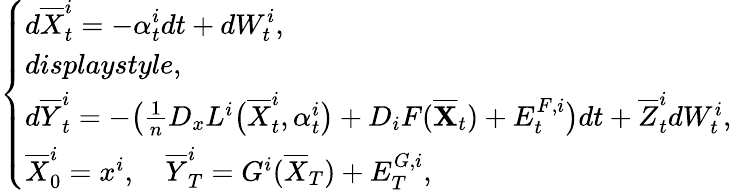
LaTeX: \left\{ \begin{array}{ll}{\displaystyle d\overline{{X}}_{t}^{i}=-\alpha_{t}^{i}dt+dW_{t}^{i},}\\ {displaystyle,}\\ {d\overline{{Y}}_{t}^{i}=-\big(\frac{1}{n}D_{x}L^{i}\big(\overline{{X}}_{t}^{i},\alpha_{t}^{i}\big)+D_{i}F(\overline{\mathbf{X}}_{t})+E_{t}^{F,i}\big)dt+\overline{{Z}}_{t}^{i}dW_{t}^{i},}\\ {\overline{{X}}_{0}^{i}=x^{i},\quad\overline{{Y}}_{T}^{i}=G^{i}(\overline{{X}}_{T})+E_{T}^{G,i},}\end{array}\right.